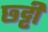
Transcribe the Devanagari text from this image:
छ्ट्टी